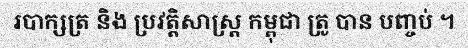
របាក្សត្រ និង ប្រវត្តិសាស្ត្រ កម្ពុជា ត្រូ បាន បញ្ចប់ ។